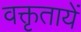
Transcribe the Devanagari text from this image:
वक्तृतायें